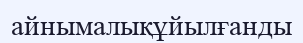
айнымалықұйылғанды